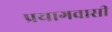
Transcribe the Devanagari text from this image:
प्रयागवासी